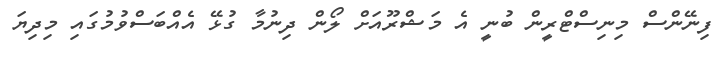
ފިނޭންސް މިނިސްޓްރީން ބުނީ އެ މަޝްރޫއަށް ލޯން ދިނުމާ ގުޅޭ އެއްބަސްވުމުގައި މިދިޔަ